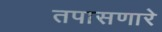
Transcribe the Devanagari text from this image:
तपासणारे